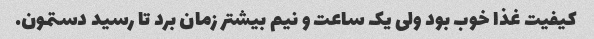
کیفیت غذا خوب بود ولی یک ساعت و نیم بیشتر زمان برد تا رسید دستمون.